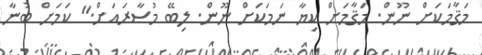
މަޤާމަކަށް ނޫން. މަޤާމަށް ކިޔާ ނަމަކަށް ނޫން. ލިބޭ މުސާރައަށް." ކަމަށް ބުނާ